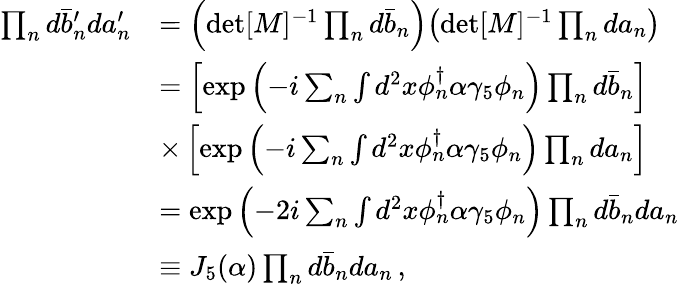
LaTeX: \begin{array}{rl}{\prod_{n}d\bar{b}_{n}^{\prime}da_{n}^{\prime}}&{=\left(\operatorname*{det}[M]^{-1}\prod_{n}d\bar{b}_{n}\right)\! \left(\operatorname*{det}[M]^{-1}\prod_{n}da_{n}\right)}\\ &{=\left[\exp\left(-i\sum_{n}\int d^{2}x\phi_{n}^{\dagger}\alpha\gamma_{5}\phi_{n}\right)\prod_{n}d\bar{b}_{n}\right]}\\ &{\times\left[\exp\left(-i\sum_{n}\int d^{2}x\phi_{n}^{\dagger}\alpha\gamma_{5}\phi_{n}\right)\prod_{n}da_{n}\right]}\\ &{=\exp\left(-2i\sum_{n}\int d^{2}x\phi_{n}^{\dagger}\alpha\gamma_{5}\phi_{n}\right)\prod_{n}d\bar{b}_{n}da_{n}}\\ &{\equiv J_{5}(\alpha)\prod_{n}d\bar{b}_{n}da_{n}\, ,}\end{array}